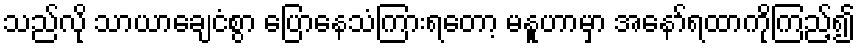
သည်လို သာယာချေငံစွာ ပြောနေသံကြားရတော့ မနူဟာမှာ အနော်ရထာကိုကြည့်၍